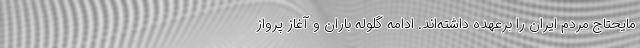
مایحتاج مردم ایران را برعهده داشته‌اند. ادامه گلوله باران و آغاز پرواز